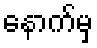
နောက်မှ